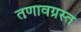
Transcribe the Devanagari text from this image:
तणावग्रस्त